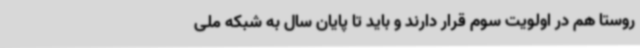
روستا هم در اولویت سوم قرار دارند و باید تا پایان سال به شبکه ملی